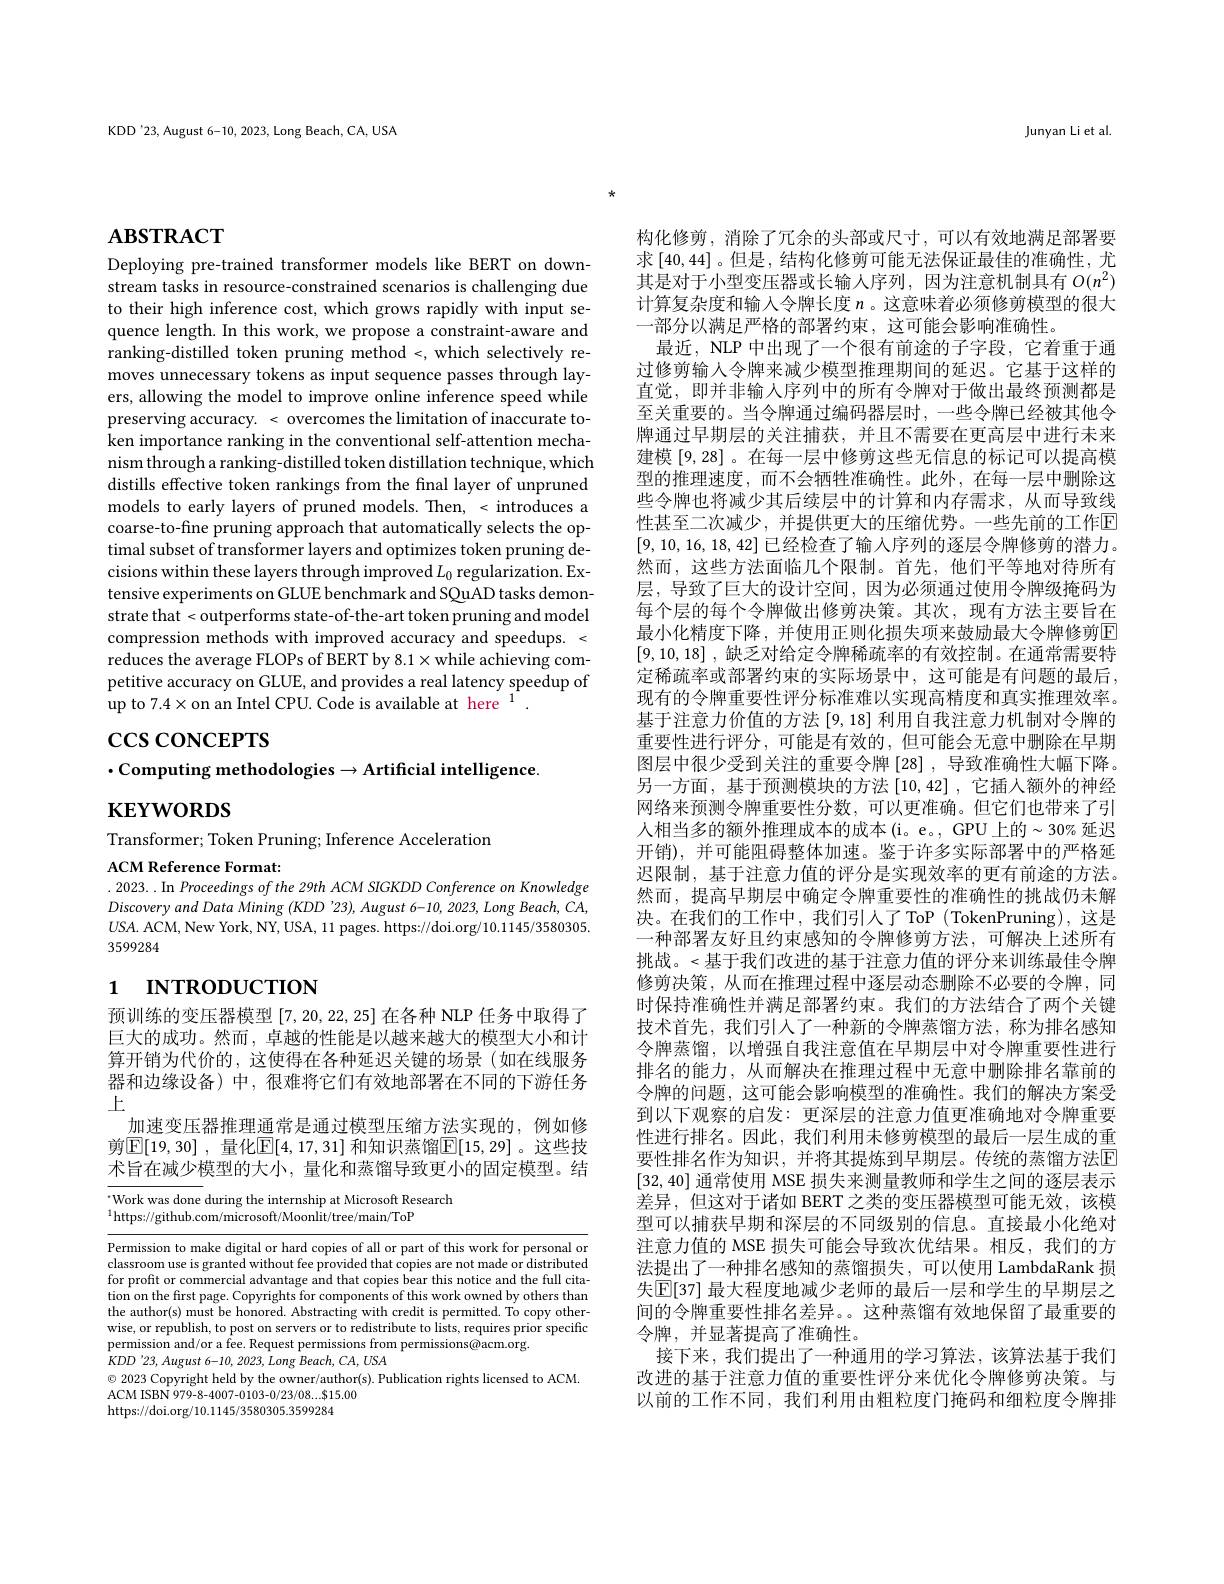
KDD'23, August 6-10, 2023, Long Beach, CA, USA

Junyan Li et al.

$\mathbf{ABSTRACT}$

Deploying pre-trained transformer models like BERT on downstream tasks in resource-constrained scenarios is challenging due to their high inference cost, which grows rapidly with input sequence length. In this work, we propose a constraint-aware and ranking-distilled token pruning method <, which selectively removes unnecessary tokens as input sequence passes through layers, allowing the model to improve online inference speed while preserving accuracy. < overcomes the limitation of inaccurate token importance ranking in the conventional self-attention mechanism through a ranking-distilled token distillation technique, which distills effective token rankings from the final layer of unpruned models to early layers of pruned models. Then, < introduces a coarse-to-fine pruning approach that automatically selects the optimal subset of transformer layers and optimizes token pruning decisions within these layers through improved $L_0$ regularization. Extensive experiments on GLUE benchmark and SQuAD tasks demonstrate that<outperforms state-of-the-art token pruning and model compression methods with improved accuracy and speedups. < reduces the average FLOPs of BERT by 8.1×while achieving competitive accuracy on GLUE, and provides a real latency speedup of up to 7.4× on an Intel CPU. Code is available at here

# $\csc$coNCEPTS
$\cdot$Computing methodologies$\to$Artificial intelligence.
# $\mathbf{KEYWORDS}$

Transformer; Token Pruning; Inference Acceleration
ACM Reference Format:

.2023... In Proceedings of the 29th ACM SIGKDD Conference on Knowledge Discovery and Data Mining (KDD 23), August 6-10, 2023, Long Beach, CA, $U$SA. ACM, New York, NY, USA, 11 pages. https://doi.org/10.1145/3580305. 3599284

# 1 INTRODUCTION

预训练的变压器模型[7,20,22,25]在各种 NLP 任务中取得了巨大的成功。然而，卓越的性能是以越来越大的模型大小和计算开销为代价的，这使得在各种延迟关键的场景(如在线服务器和边缘设备)中，很难将它们有效地部署在不同的下游任务上
加速变压器推理通常是通过模型压缩方法实现的，例如修剪$\boxed{\mathbb{E} [ 19, 30] }$ , 量化$\boxed{\mathbb{E}[4,17,31]\text{ 和知识蒸馏}\mathbb{E}[15,29]}$。这些技术旨在减少模型的大小，量化和蒸馏导致更小的固定模型。结

Work was done during the internship at Microsoft Research
$^{1}$https://github.com/microsoft/Moonlit/tree/main/ToP

Permission to make digital or hard copies of all or part of this work for personal or classroom use is granted without fee provided that copies are not made or distributed for profit or commercial advantage and that copies bear this notice and the full citation on the first page. Copyrights for components of this work owned by others than the author(s) must be honored. Abstracting with credit is permitted. To copy otherwise, or republish, to post on servers or to redistribute to lists, requires prior specific permission and/or a fee. Request permissions from permissions@acm.org
$KDD^{\prime}23,August$ 6-10, 2023, Long Beach, CA, USA
$\odot$ 2023 Copyright held by the owner/author(s). Publication rights licensed to ACM.
ACM ISBN 979-8-4007-0103-0/23/08....815.00
https://doi.org/10.1145/3580305.3599284

构化修剪，消除了冗余的头部或尺寸，可以有效地满足部署要求[40,44]。但是，结构化修剪可能无法保证最佳的准确性，尤其是对于小型变压器或长输入序列，因为注意机制具有$O(n^2)$ 计算复杂度和输入令牌长度$n$ 。这意味着必须修剪模型的很大一部分以满足严格的部署约束，这可能会影响准确性。
最近，NLP 中出现了一个很有前途的子字段，它着重于通过修剪输入令牌来减少模型推理期间的延迟。它基于这样的直觉，即并非输人序列中的所有令牌对于做出最终预测都是至关重要的。当令牌通过编码器层时，一些令牌已经被其他令牌通过早期层的关注捕获，并且不需要在更高层中进行未来建模[9,28] 。在每一层中修剪这些无信息的标记可以提高模型的推理速度，而不会牺牲准确性。此外，在每一层中删除这些令牌也将减少其后续层中的计算和内存需求，从而导致线性甚至二次减少，并提供更大的压缩优势。一些先前的工作回[9,10,16,18,42]已经检查了输入序列的逐层令牌修剪的潜力。然而，这些方法面临几个限制。首先，他们平等地对待所有层，导致了巨大的设计空间，因为必须通过使用令牌级掩码为每个层的每个令牌做出修剪决策。其次，现有方法主要旨在最小化精度下降，并使用正则化损失项来鼓励最大令牌修剪$\overline{\mathrm{E}}$ [9,10,18] ,缺乏对给定令牌稀疏率的有效控制。在通常需要特定稀疏率或部署约束的实际场景中，这可能是有问题的最后现有的令牌重要性评分标准难以实现高精度和真实推理效率。基于注意力价值的方法[9,18] 利用自我注意力机制对令牌的重要性进行评分，可能是有效的，但可能会无意中删除在早期图层中很少受到关注的重要令牌[28],导致准确性大幅下降。另一方面，基于预测模块的方法[10,42],它插人额外的神经网络来预测令牌重要性分数，可以更准确。但它们也带来了引人相当多的额外推理成本的成本(i。e。, GPU 上的~30% 延迟开销),并可能阻碍整体加速。鉴于许多实际部署中的严格延迟限制，基于注意力值的评分是实现效率的更有前途的方法。然而，提高早期层中确定令牌重要性的准确性的挑战仍未解决。在我们的工作中，我们引人了ToP (TokenPruning),这是一种部署友好且约束感知的令牌修剪方法，可解决上述所有挑战。<基于我们改进的基于注意力值的评分来训练最佳令牌修剪决策，从而在推理过程中逐层动态删除不必要的令牌，同时保持准确性并满足部署约束。我们的方法结合了两个关键技术首先，我们引入了一种新的令牌蒸馏方法，称为排名感知令牌蒸馏，以增强自我注意值在早期层中对令牌重要性进行排名的能力，从而解决在推理过程中无意中删除排名靠前的令牌的问题，这可能会影响模型的准确性。我们的解决方案受到以下观察的启发：更深层的注意力值更准确地对令牌重要性进行排名。因此，我们利用未修剪模型的最后一层生成的重要性排名作为知识，并将其提炼到早期层。传统的蒸馏方法区[32,40]通常使用 MSE 损失来测量教师和学生之间的逐层表示差异，但这对于诸如 BERT 之类的变压器模型可能无效，该模型可以捕获早期和深层的不同级别的信息。直接最小化绝对注意力值的 MSE 损失可能会导致次优结果。相反，我们的方法提出了一种排名感知的蒸馏损失，可以使用 LambdaRank 损失$\mathbb{E}[37]$ 最大程度地减少老师的最后一层和学生的早期层之间的令牌重要性排名差异。。这种蒸馏有效地保留了最重要的令牌，并显著提高了准确性。
接下来，我们提出了一种通用的学习算法，该算法基于我们改进的基于注意力值的重要性评分来优化令牌修剪决策。与以前的工作不同，我们利用由粗粒度门掩码和细粒度令牌排